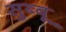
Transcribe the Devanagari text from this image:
सुब्बू